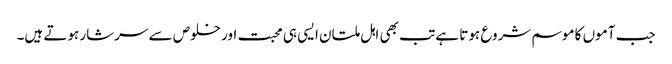
جب آموں کا موسم شروع ہوتا ہے تب بھی اہل ملتان ایسی ہی محبت اور خلوص سے سرشار ہوتے ہیں۔